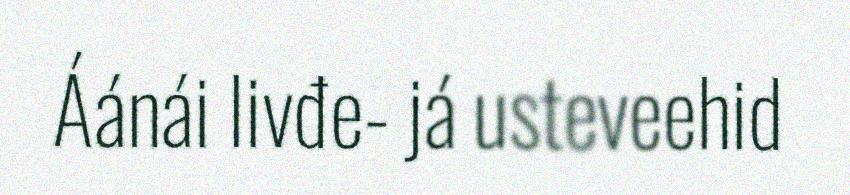
Áánái livđe- já usteveehid